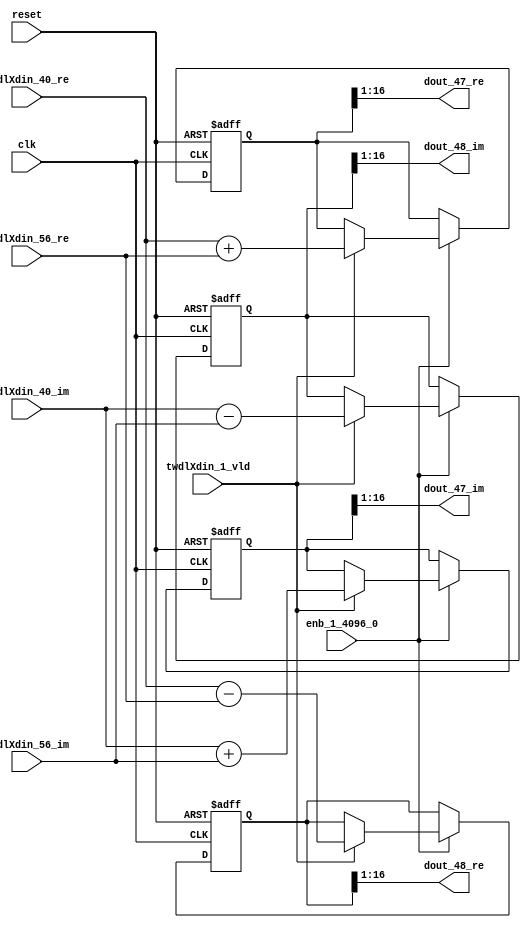
// -------------------------------------------------------------
// 
// 
// Generated by MATLAB 9.14 and HDL Coder 4.1
// 
// -------------------------------------------------------------


// -------------------------------------------------------------
// 
// Module: RADIX22FFT_SDNF1_3_block22
// Source Path: dsphdl.IFFT/RADIX22FFT_SDNF1_3
// Hierarchy Level: 4
// 
// -------------------------------------------------------------

`timescale 1 ns / 1 ns

module RADIX22FFT_SDNF1_3_block22
          (clk,
           reset,
           enb_1_4096_0,
           twdlXdin_40_re,
           twdlXdin_40_im,
           twdlXdin_56_re,
           twdlXdin_56_im,
           twdlXdin_1_vld,
           dout_47_re,
           dout_47_im,
           dout_48_re,
           dout_48_im);


  input   clk;
  input   reset;
  input   enb_1_4096_0;
  input   signed [15:0] twdlXdin_40_re;  // sfix16_En14
  input   signed [15:0] twdlXdin_40_im;  // sfix16_En14
  input   signed [15:0] twdlXdin_56_re;  // sfix16_En14
  input   signed [15:0] twdlXdin_56_im;  // sfix16_En14
  input   twdlXdin_1_vld;
  output  signed [15:0] dout_47_re;  // sfix16_En14
  output  signed [15:0] dout_47_im;  // sfix16_En14
  output  signed [15:0] dout_48_re;  // sfix16_En14
  output  signed [15:0] dout_48_im;  // sfix16_En14


  reg signed [16:0] Radix22ButterflyG1_NF_btf1_re_reg;  // sfix17
  reg signed [16:0] Radix22ButterflyG1_NF_btf1_im_reg;  // sfix17
  reg signed [16:0] Radix22ButterflyG1_NF_btf2_re_reg;  // sfix17
  reg signed [16:0] Radix22ButterflyG1_NF_btf2_im_reg;  // sfix17
  reg  Radix22ButterflyG1_NF_dinXtwdl_vld_dly1;
  reg signed [16:0] Radix22ButterflyG1_NF_btf1_re_reg_next;  // sfix17_En14
  reg signed [16:0] Radix22ButterflyG1_NF_btf1_im_reg_next;  // sfix17_En14
  reg signed [16:0] Radix22ButterflyG1_NF_btf2_re_reg_next;  // sfix17_En14
  reg signed [16:0] Radix22ButterflyG1_NF_btf2_im_reg_next;  // sfix17_En14
  reg  Radix22ButterflyG1_NF_dinXtwdl_vld_dly1_next;
  reg signed [15:0] dout_47_re_1;  // sfix16_En14
  reg signed [15:0] dout_47_im_1;  // sfix16_En14
  reg signed [15:0] dout_48_re_1;  // sfix16_En14
  reg signed [15:0] dout_48_im_1;  // sfix16_En14
  reg  dout_47_vld;
  reg signed [16:0] Radix22ButterflyG1_NF_add_cast;  // sfix17_En14
  reg signed [16:0] Radix22ButterflyG1_NF_add_cast_0;  // sfix17_En14
  reg signed [16:0] Radix22ButterflyG1_NF_sra_temp;  // sfix17_En14
  reg signed [16:0] Radix22ButterflyG1_NF_sub_cast;  // sfix17_En14
  reg signed [16:0] Radix22ButterflyG1_NF_sub_cast_0;  // sfix17_En14
  reg signed [16:0] Radix22ButterflyG1_NF_sra_temp_0;  // sfix17_En14
  reg signed [16:0] Radix22ButterflyG1_NF_add_cast_1;  // sfix17_En14
  reg signed [16:0] Radix22ButterflyG1_NF_add_cast_2;  // sfix17_En14
  reg signed [16:0] Radix22ButterflyG1_NF_sra_temp_1;  // sfix17_En14
  reg signed [16:0] Radix22ButterflyG1_NF_sub_cast_1;  // sfix17_En14
  reg signed [16:0] Radix22ButterflyG1_NF_sub_cast_2;  // sfix17_En14
  reg signed [16:0] Radix22ButterflyG1_NF_sra_temp_2;  // sfix17_En14


  // Radix22ButterflyG1_NF
  always @(posedge clk or posedge reset)
    begin : Radix22ButterflyG1_NF_process
      if (reset == 1'b1) begin
        Radix22ButterflyG1_NF_btf1_re_reg <= 17'sb00000000000000000;
        Radix22ButterflyG1_NF_btf1_im_reg <= 17'sb00000000000000000;
        Radix22ButterflyG1_NF_btf2_re_reg <= 17'sb00000000000000000;
        Radix22ButterflyG1_NF_btf2_im_reg <= 17'sb00000000000000000;
        Radix22ButterflyG1_NF_dinXtwdl_vld_dly1 <= 1'b0;
      end
      else begin
        if (enb_1_4096_0) begin
          Radix22ButterflyG1_NF_btf1_re_reg <= Radix22ButterflyG1_NF_btf1_re_reg_next;
          Radix22ButterflyG1_NF_btf1_im_reg <= Radix22ButterflyG1_NF_btf1_im_reg_next;
          Radix22ButterflyG1_NF_btf2_re_reg <= Radix22ButterflyG1_NF_btf2_re_reg_next;
          Radix22ButterflyG1_NF_btf2_im_reg <= Radix22ButterflyG1_NF_btf2_im_reg_next;
          Radix22ButterflyG1_NF_dinXtwdl_vld_dly1 <= Radix22ButterflyG1_NF_dinXtwdl_vld_dly1_next;
        end
      end
    end

  always @(Radix22ButterflyG1_NF_btf1_im_reg, Radix22ButterflyG1_NF_btf1_re_reg,
       Radix22ButterflyG1_NF_btf2_im_reg, Radix22ButterflyG1_NF_btf2_re_reg,
       Radix22ButterflyG1_NF_dinXtwdl_vld_dly1, twdlXdin_1_vld, twdlXdin_40_im,
       twdlXdin_40_re, twdlXdin_56_im, twdlXdin_56_re) begin
    Radix22ButterflyG1_NF_add_cast = 17'sb00000000000000000;
    Radix22ButterflyG1_NF_add_cast_0 = 17'sb00000000000000000;
    Radix22ButterflyG1_NF_sub_cast = 17'sb00000000000000000;
    Radix22ButterflyG1_NF_sub_cast_0 = 17'sb00000000000000000;
    Radix22ButterflyG1_NF_add_cast_1 = 17'sb00000000000000000;
    Radix22ButterflyG1_NF_add_cast_2 = 17'sb00000000000000000;
    Radix22ButterflyG1_NF_sub_cast_1 = 17'sb00000000000000000;
    Radix22ButterflyG1_NF_sub_cast_2 = 17'sb00000000000000000;
    Radix22ButterflyG1_NF_btf1_re_reg_next = Radix22ButterflyG1_NF_btf1_re_reg;
    Radix22ButterflyG1_NF_btf1_im_reg_next = Radix22ButterflyG1_NF_btf1_im_reg;
    Radix22ButterflyG1_NF_btf2_re_reg_next = Radix22ButterflyG1_NF_btf2_re_reg;
    Radix22ButterflyG1_NF_btf2_im_reg_next = Radix22ButterflyG1_NF_btf2_im_reg;
    Radix22ButterflyG1_NF_dinXtwdl_vld_dly1_next = twdlXdin_1_vld;
    if (twdlXdin_1_vld) begin
      Radix22ButterflyG1_NF_add_cast = {twdlXdin_40_re[15], twdlXdin_40_re};
      Radix22ButterflyG1_NF_add_cast_0 = {twdlXdin_56_re[15], twdlXdin_56_re};
      Radix22ButterflyG1_NF_btf1_re_reg_next = Radix22ButterflyG1_NF_add_cast + Radix22ButterflyG1_NF_add_cast_0;
      Radix22ButterflyG1_NF_sub_cast = {twdlXdin_40_re[15], twdlXdin_40_re};
      Radix22ButterflyG1_NF_sub_cast_0 = {twdlXdin_56_re[15], twdlXdin_56_re};
      Radix22ButterflyG1_NF_btf2_re_reg_next = Radix22ButterflyG1_NF_sub_cast - Radix22ButterflyG1_NF_sub_cast_0;
      Radix22ButterflyG1_NF_add_cast_1 = {twdlXdin_40_im[15], twdlXdin_40_im};
      Radix22ButterflyG1_NF_add_cast_2 = {twdlXdin_56_im[15], twdlXdin_56_im};
      Radix22ButterflyG1_NF_btf1_im_reg_next = Radix22ButterflyG1_NF_add_cast_1 + Radix22ButterflyG1_NF_add_cast_2;
      Radix22ButterflyG1_NF_sub_cast_1 = {twdlXdin_40_im[15], twdlXdin_40_im};
      Radix22ButterflyG1_NF_sub_cast_2 = {twdlXdin_56_im[15], twdlXdin_56_im};
      Radix22ButterflyG1_NF_btf2_im_reg_next = Radix22ButterflyG1_NF_sub_cast_1 - Radix22ButterflyG1_NF_sub_cast_2;
    end
    Radix22ButterflyG1_NF_sra_temp = Radix22ButterflyG1_NF_btf1_re_reg >>> 8'd1;
    dout_47_re_1 = Radix22ButterflyG1_NF_sra_temp[15:0];
    Radix22ButterflyG1_NF_sra_temp_0 = Radix22ButterflyG1_NF_btf1_im_reg >>> 8'd1;
    dout_47_im_1 = Radix22ButterflyG1_NF_sra_temp_0[15:0];
    Radix22ButterflyG1_NF_sra_temp_1 = Radix22ButterflyG1_NF_btf2_re_reg >>> 8'd1;
    dout_48_re_1 = Radix22ButterflyG1_NF_sra_temp_1[15:0];
    Radix22ButterflyG1_NF_sra_temp_2 = Radix22ButterflyG1_NF_btf2_im_reg >>> 8'd1;
    dout_48_im_1 = Radix22ButterflyG1_NF_sra_temp_2[15:0];
    dout_47_vld = Radix22ButterflyG1_NF_dinXtwdl_vld_dly1;
  end



  assign dout_47_re = dout_47_re_1;

  assign dout_47_im = dout_47_im_1;

  assign dout_48_re = dout_48_re_1;

  assign dout_48_im = dout_48_im_1;

endmodule  // RADIX22FFT_SDNF1_3_block22